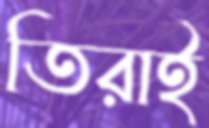
তিরাই